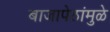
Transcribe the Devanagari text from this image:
बाजापेठांमुळे